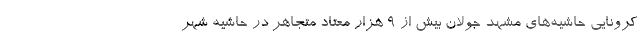
کرونایی حاشیه‌های مشهد جولان بیش از ۹ هزار معتاد متجاهر در حاشیه شهر